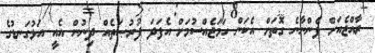
ރާއްޖެއަށް ފެންނާނެ ގޮތަށް އެކަން ހަމަޖެއްސުމަށް އެފަދަ ފުރުޞަތެއް ދިނުން އެއީ އަޅުގަނޑުގެ